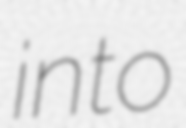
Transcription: into